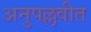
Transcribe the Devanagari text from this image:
अनुपल्लवीत